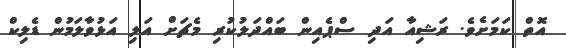
އޮތް ކަމަށެވެ. ރަޝިއާ އަދި ސްޕެއިން ބައްދަލުކުރި މެޗަށް އަލި އަޅުވާލަމުން ޑެލިކް